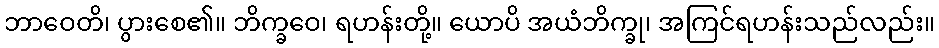
ဘာဝေတိ၊ ပွားစေ၏။ ဘိက္ခဝေ၊ ရဟန်းတို့။ ယောပိ အယံဘိက္ခု၊ အကြင်ရဟန်းသည်လည်း။